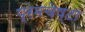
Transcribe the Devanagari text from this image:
प्रेमचेष्टा